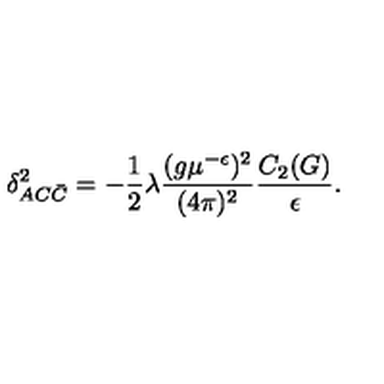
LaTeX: \delta _ { A C \bar { C } } ^ { 2 } = - \frac 1 2 \lambda \frac { ( g \mu ^ { - \epsilon } ) ^ { 2 } } { ( 4 \pi ) ^ { 2 } } \frac { C _ { 2 } ( G ) } { \epsilon } .